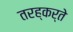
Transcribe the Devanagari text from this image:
तरह्कर्ते